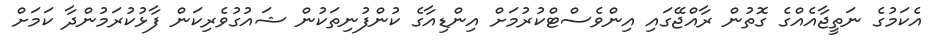
އެކަމުގެ ނަތީޖާއެއްގެ ގޮތުން ރާއްޖޭގައި އިންވެސްޓްކުރުމަށް އިންޑިއާގެ ކުންފުނިތަކުން ޝައުގުވެރިކަން ފާޅުކުރަމުންދާ ކަމަށް